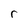
Character: r